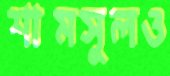
শামসুলও